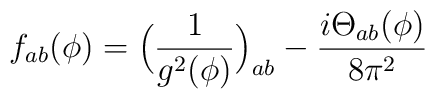
f_{ab} (\phi) = \Big( \frac{1}{g^2(\phi)} \Big)_{ab} - \frac{i           \mathrm{\Theta}_{ab}(\phi)}{8 \pi^2}